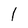
Character: 1